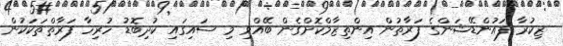
ޒިކުރާ ފައުންޑޭޝަންގެ ފަރާތުން އިންތިޒާމްކޮށްގެން ބޭއްވި މި ސައިގައި ކުދިބޮޑު ހުރިހާ ފަރާތްތަކަކުން